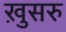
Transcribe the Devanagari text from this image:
ख़ुसरु